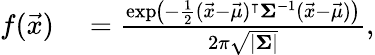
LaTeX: \begin{array}{rl}{f(\vec{x})}&{{}=\frac{\exp\! \big(-\frac{1}{2}(\vec{x}-\vec{\mu})^{\intercal}\mathbf{\Sigma}^{-1}(\vec{x}-\vec{\mu})\big)}{2\pi\sqrt{|\mathbf{\Sigma}|}},}\end{array}